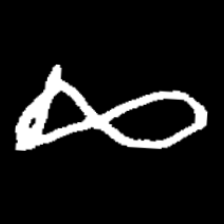
Pyu character \u2014 Myanmar letter: ဆ (romanized: cha)